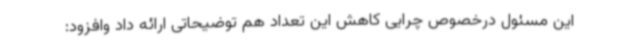
این مسئول درخصوص چرایی کاهش این تعداد هم توضیحاتی ارائه داد وافزود: